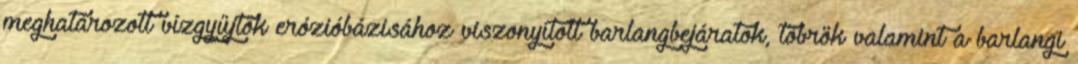
meghatározott vízgyűjtők erózióbázisához viszonyított barlangbejáratok, töbrök valamint a barlangi